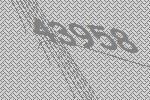
43958